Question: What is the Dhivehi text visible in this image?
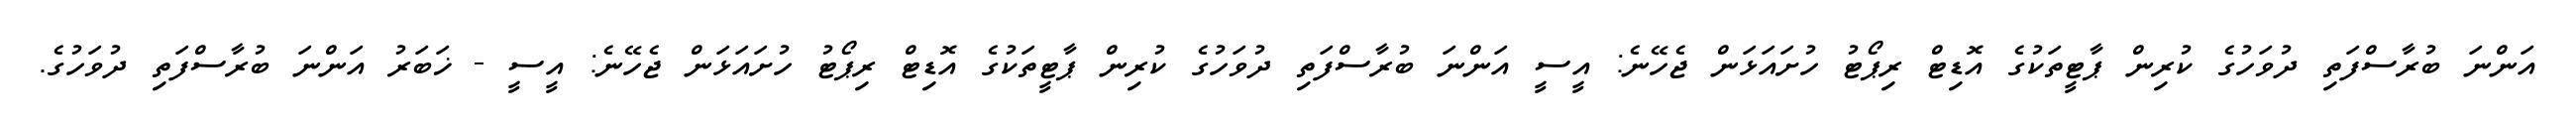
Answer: އަންނަ ބުރާސްފަތި ދުވަހުގެ ކުރިން ޕާޓީތަކުގެ އޮޑިޓް ރިޕޯޓު ހުށައަޅަން ޖެހޭނެ: އީސީ އަންނަ ބުރާސްފަތި ދުވަހުގެ ކުރިން ޕާޓީތަކުގެ އޮޑިޓް ރިޕޯޓު ހުށައަޅަން ޖެހޭނެ: އީސީ - ޚަބަރު އަންނަ ބުރާސްފަތި ދުވަހުގެ.